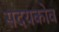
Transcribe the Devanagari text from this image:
सदयकोव